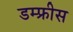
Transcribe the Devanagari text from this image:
डम्फ्रीस